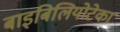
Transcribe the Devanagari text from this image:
बाइबिलियोटेका